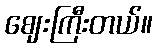
ဈေးကြီးတယ်။